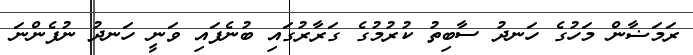
ރަމަޟާން މަހުގެ ހަނދު ސާބިތު ކުރުމުގެ ގަރާރުގައި ބުނެފައި ވަނީ ހަނދު ނުފެންނަ